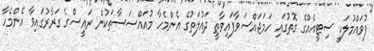
ފުވައްމުލަކީ ސިޓީއެއްގެ ގޮތުގައި ހަމަޖައްސަވާފައިވާތީ ދައުލަތުގެ އެންމެހާ މުއައްސަސާތަކުން ރައީސްގެ ގަރާރުގައިވާ އެންމެހާ